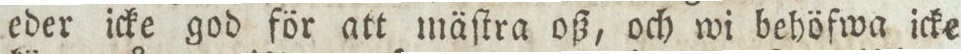
eder icke god för att mäſtra oß, och wi behöfwa icke